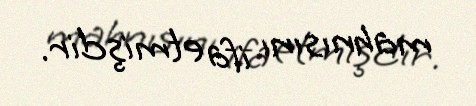
mahnısını ifa etmişdir.